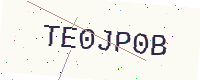
Text: TE0JP0B